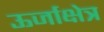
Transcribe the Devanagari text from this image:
ऊर्जाक्षेत्र